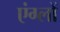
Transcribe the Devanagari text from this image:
एंग्लों